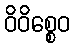
ဝိဝိစ္စေဝ